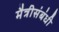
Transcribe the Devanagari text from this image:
मैत्रीसंबंधी